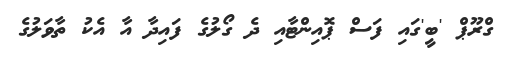
ގްރޫޕް 'ބީ'ގައި ފަސް ޕޮއިންޓާއި ދެ ގޯލުގެ ފައިދާ އާ އެކު ތާވަލުގެ